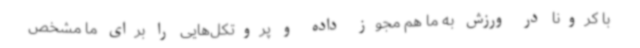
با کرونا در ورزش به ما هم مجوز داده و پروتکل‌هایی را برای ما مشخص